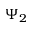
\Psi _ { 2 }